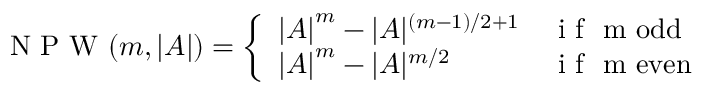
\mathrm { ~ N ~ P ~ W ~ } ( m , | \cal { A } | ) = \left\{ \begin{array} { l l } { { | \cal { A } | } ^ { m } - | \cal { A } | ^ { ( m - 1 ) / 2 + 1 } } & { \mathrm { ~ i ~ f ~ } \ m \ o d d } \\ { { | \cal { A } | } ^ { m } - | \cal { A } | ^ { m / 2 } } & { \mathrm { ~ i ~ f ~ } \ m \ e v e n } \end{array} \right.